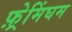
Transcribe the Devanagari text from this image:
फ़्रेमिंघम